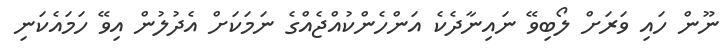
ނޫން ހައި ވަރަށް ލޯބިވޭ ނައިނާދެކެ އަންހެންކުއްޖެއްގެ ނަމަކަށް އެދުލުން އިވޭ ހަމައެކަނި